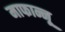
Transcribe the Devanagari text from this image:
माफान्नू